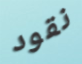
نقود